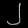
Digit: ၂